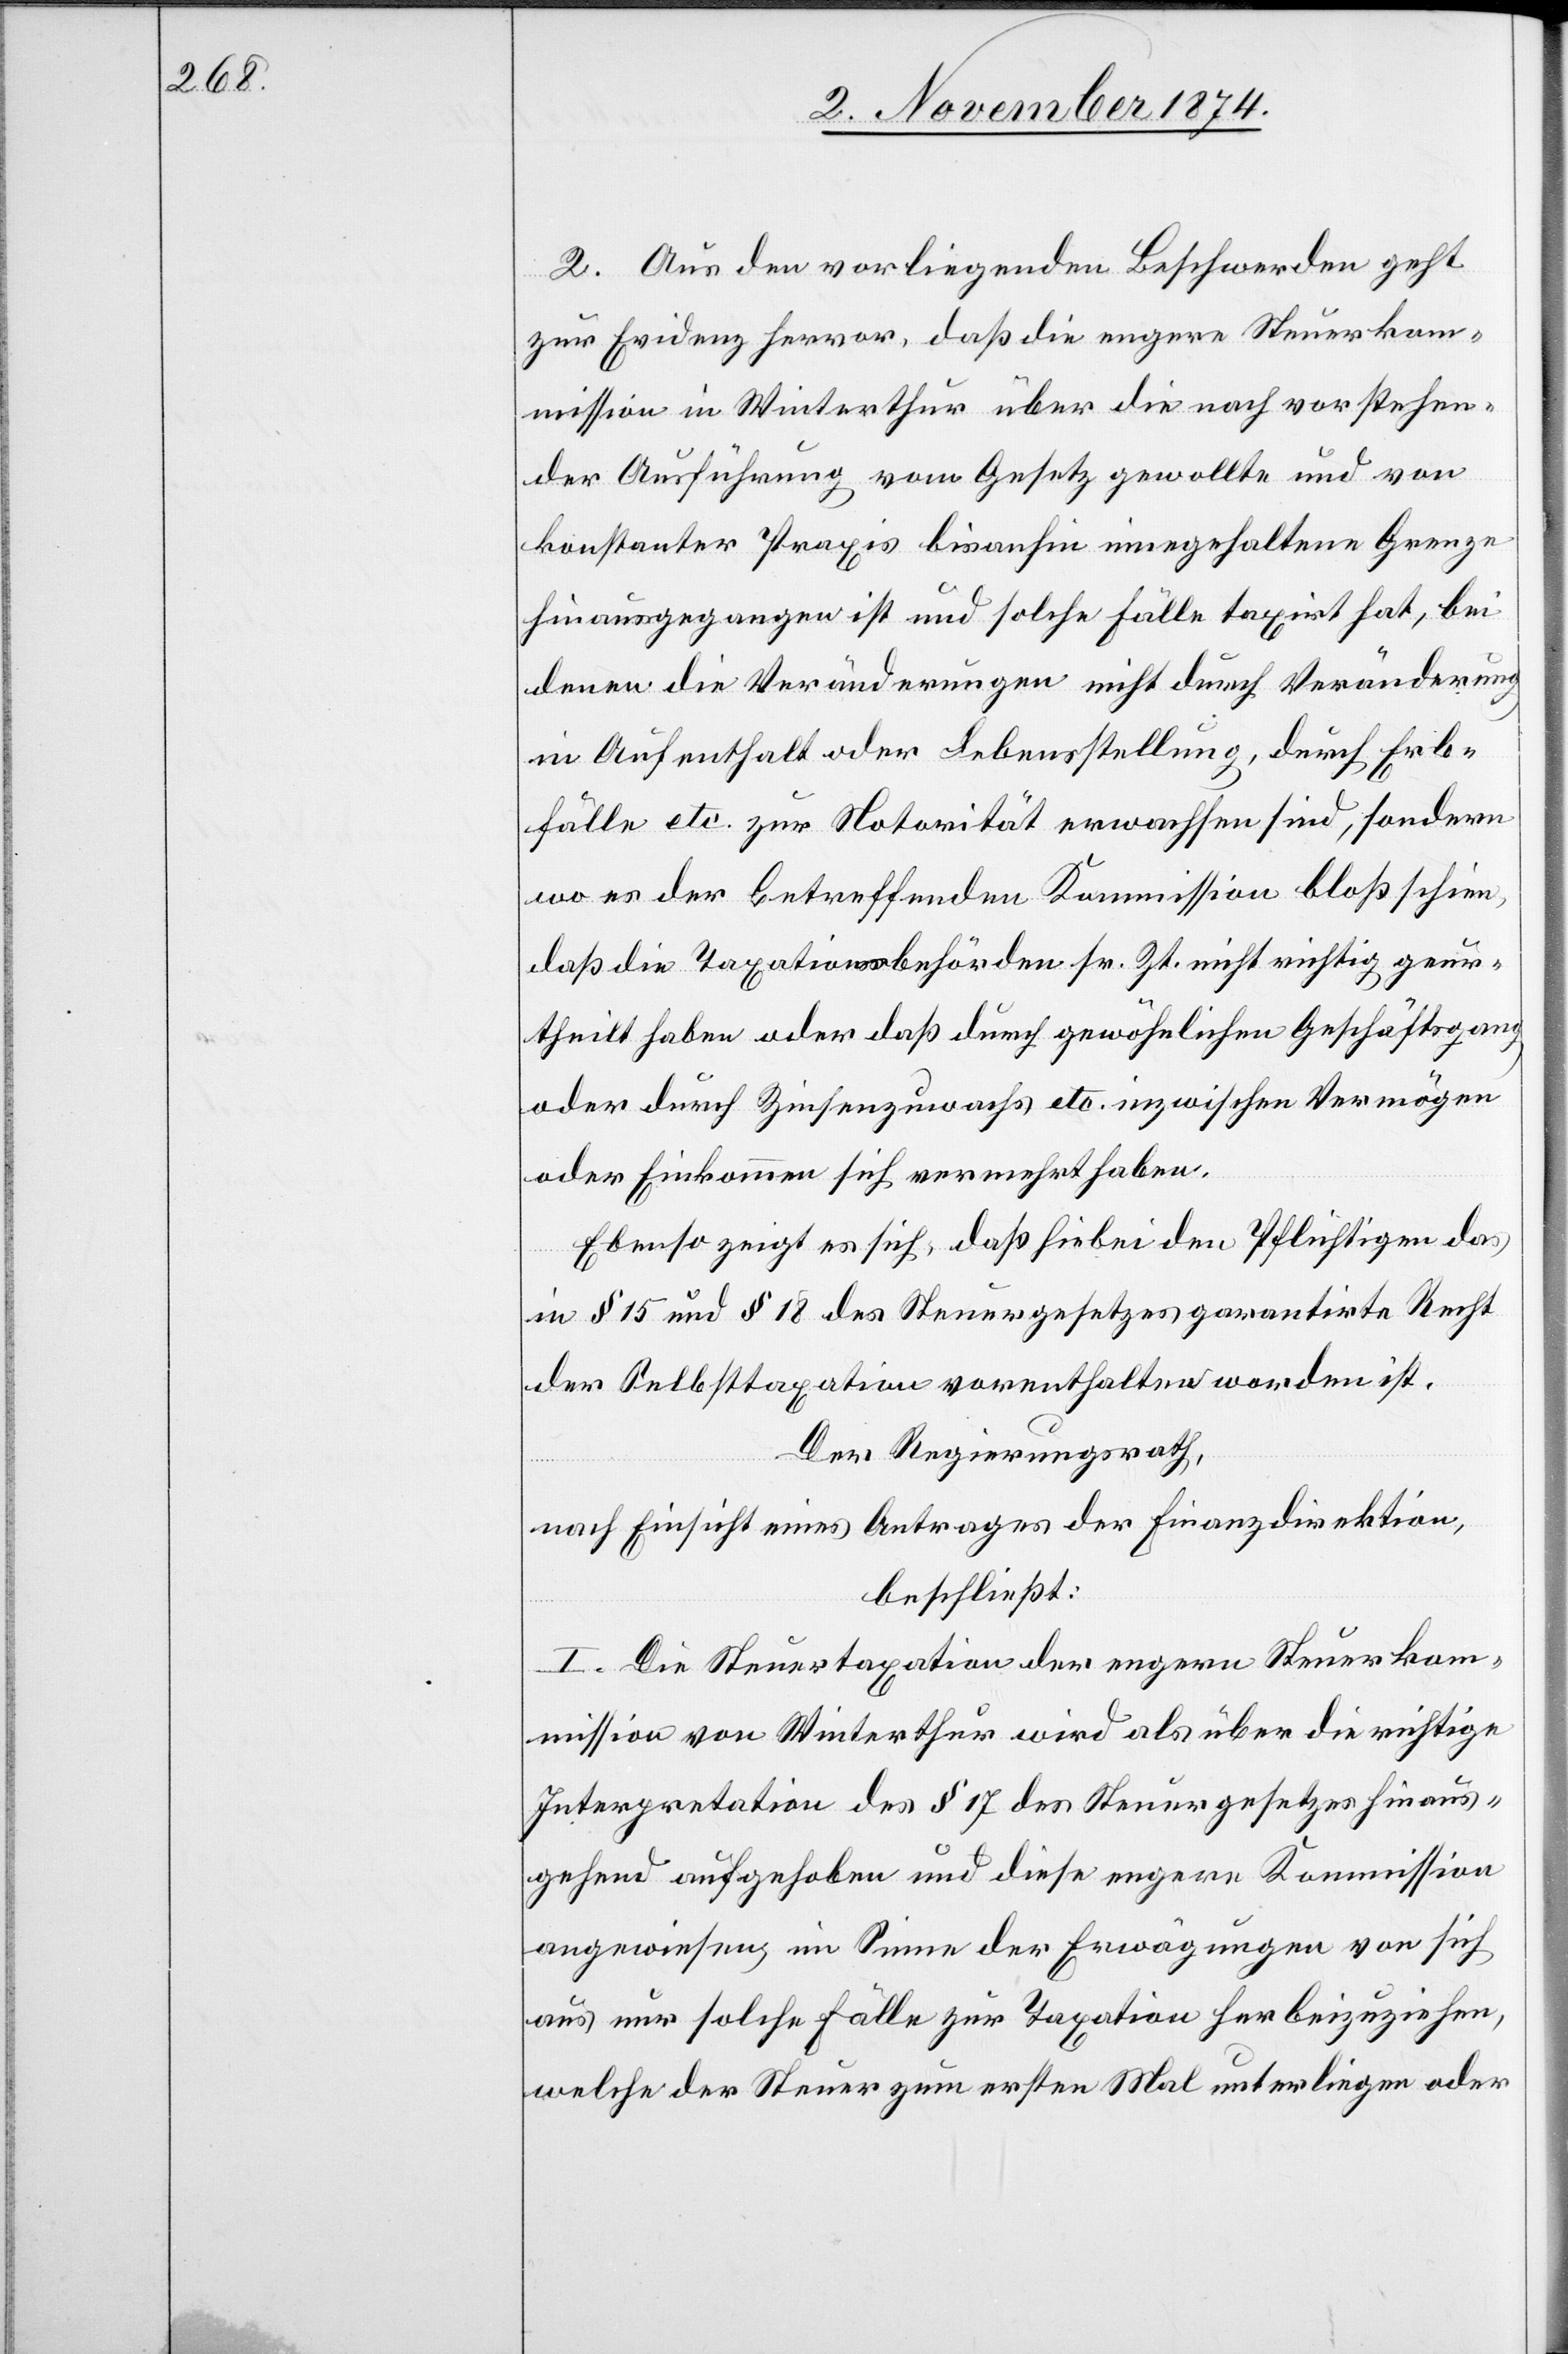
2. Aus den vorliegenden Beschwerden geht
zur Evidenz hervor, daß die engere Steuerkom¬
mission in Winterthur über die nach vorstehen¬
der Ausführung vom Gesetz gewollte und von
konstanter Praxis bisanhin innegehaltene Grenze
hinausgegangen ist und solche Fälle taxirt hat, bei
denen die Veränderungen nicht durch Veränderung
in Aufenthalt oder Lebensstellung, durch Erb¬
fälle etc. zur Notorität erwachsen sind, sondern
wo es der betreffenden Kommission bloß schien,
daß die Taxationsbehörden sr. Zt. nicht richtig geur¬
theilt haben oder daß durch gewöhnlichen Geschäftsgang
oder durch Zinsenzuwachs etc. inzwischen Vermögen
oder Einkommen sich vermehrt haben.
Ebenso zeigt es sich, daß hiebei den Pflichtigen das
in § 15 und § 18 des Steuergesetzes garantirte Recht
der Selbsttaxation vorenthalten worden ist.
Der Regierungsrath,
nach Einsicht eines Antrages der Finanzdirektion,
beschließt:
I. Die Steuertaxation der engern Steuerkom¬
mission von Winterthur wird als über die richtige
Interpretation des § 17 des Steuergesetzes hinaus¬
gehend aufgehoben und diese engere Kommission
angewiesen, im Sinne der Erwägungen von sich
aus nur solche Fälle zur Taxation herbeizuziehen,
welche der Steuer zum ersten Mal unterliegen oder